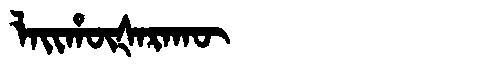
Manchu: ᠯᠠᡳᡥᡡᡧᠠᡵᠠᡴᡡ
Romanization: LAIHŪŠARAKŪ